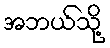
အဘယ်သို့